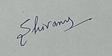
Signature authenticity: genuine